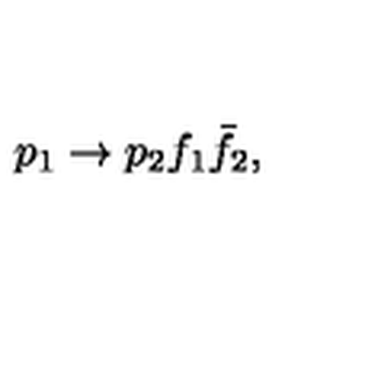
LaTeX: p _ { 1 } \to p _ { 2 } f _ { 1 } \bar { f } _ { 2 } ,